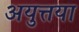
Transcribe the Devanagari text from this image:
अयुत्तया